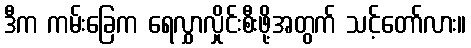
ဒီက ကမ်းခြေက ရေလွှာလှိုင်းစီးဖို့အတွက် သင့်တော်လား။